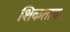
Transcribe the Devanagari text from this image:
शिकताच